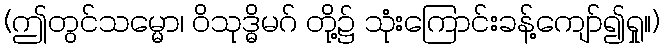
(ဤတွင်သမ္မော၊ ဝိသုဒ္ဓိမဂ် တို့၌ သုံးကြောင်းခန့်ကျော်၍ရှု။)